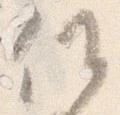
候